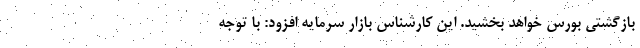
بازگشتی بورس خواهد بخشید. این کارشناس بازار سرمایه افزود: با توجه